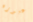
عبوره